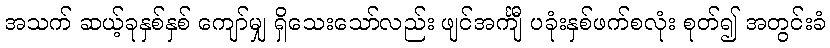
အသက် ဆယ့်ခုနှစ်နှစ် ကျော်မျှ ရှိသေးသော်လည်း ဖျင်အင်္ကျီ ပခုံးနှစ်ဖက်စလုံး စုတ်၍ အတွင်းခံ